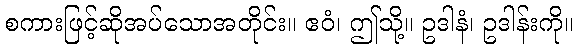
စကားဖြင့်ဆိုအပ်သောအတိုင်း။ ဧဝံ၊ ဤသို့။ ဥဒါနံ၊ ဥဒါန်းကို။